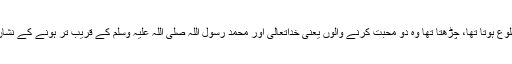
ہر دن جو طلوع ہوتا تھا، چڑھتا تھا وہ دو محبت کرنے والوں یعنی خداتعالیٰ اور محمد رسول اللہ صلی اللہ علیہ وسلم کے قریب تر ہونے کے نشان دکھاتا تھا۔